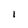
Character: 1